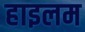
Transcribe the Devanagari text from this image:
हाइलम